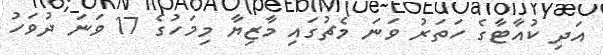
އަދި ކުއާޓާގެ ހަތަރު ވަނަ މެޗުގައި މާޒިޔާ މިމަހުގެ 17 ވަނަ ދުވަހު